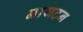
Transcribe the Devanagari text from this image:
नायटन